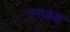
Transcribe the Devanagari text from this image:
एन्ज़ेक